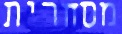
מסחרית